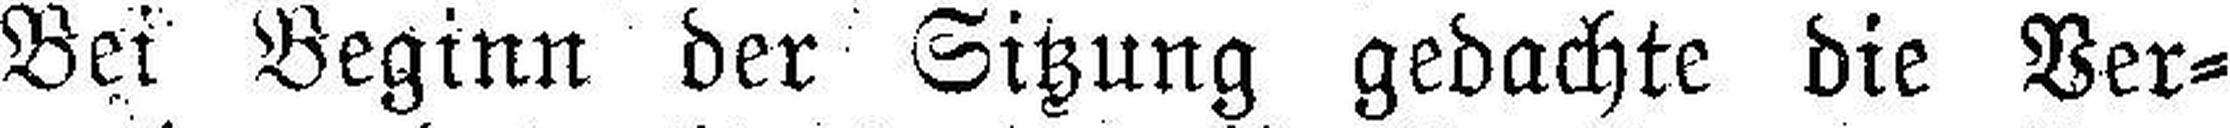
Bei Beginn der Sitzung gedachte die Ver¬